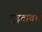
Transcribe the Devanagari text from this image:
मूढ़तावश